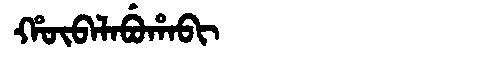
Manchu: ᡥᡡᠪᠠᠯᠠᠪᡠᡥᠠᠪᡳ
Romanization: HŪBALABUHABI